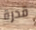
قدرة